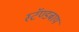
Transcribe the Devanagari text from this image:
स्टॅण्डबाय